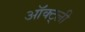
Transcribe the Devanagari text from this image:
ऑक्ट्ली